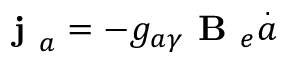
\textbf { j } _ { a } = - g _ { a \gamma } \textbf { B } _ { e } \overset { . } { a }